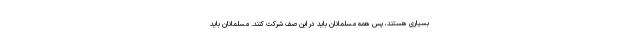
بسیاری هستند، پس همه مسلمانان باید در این صف شرکت کنند. مسلمانان باید